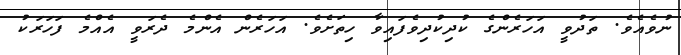
ނުވެއެވެ. ތަދުވީ އަހަރެންގެ ކުދިކުދިވެފައިވާ ހިތަށެވެ. އަހަރެން އެންމެ ދެރަވީ އެއްމެ ފަހަރަކު